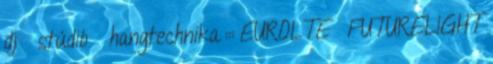
dj  stúdió  hangtechnika ::: EUROLTE FUTURELIGHT